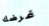
غرضك